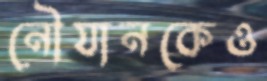
নৌযানকেও